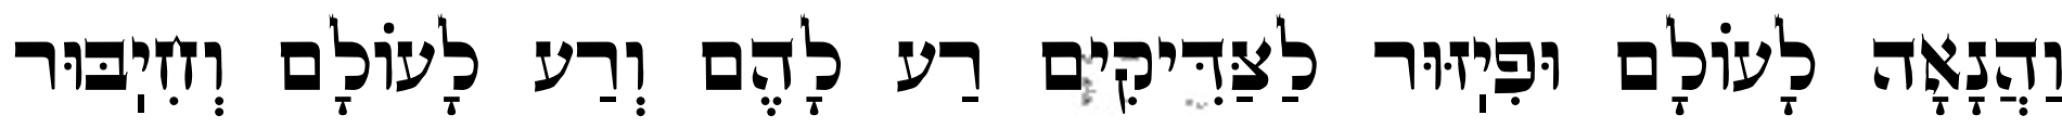
וַהֲנָאָה לָעוֹלָם וּפִיֽזּוּר לַצַּדִּיקִים רַע לָהֶם וְרַע לָעוֹלָם וְחִיֽבּוּר